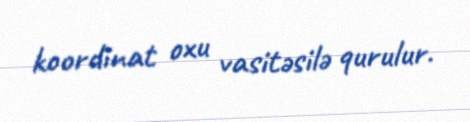
koordinat oxu vasitəsilə qurulur.